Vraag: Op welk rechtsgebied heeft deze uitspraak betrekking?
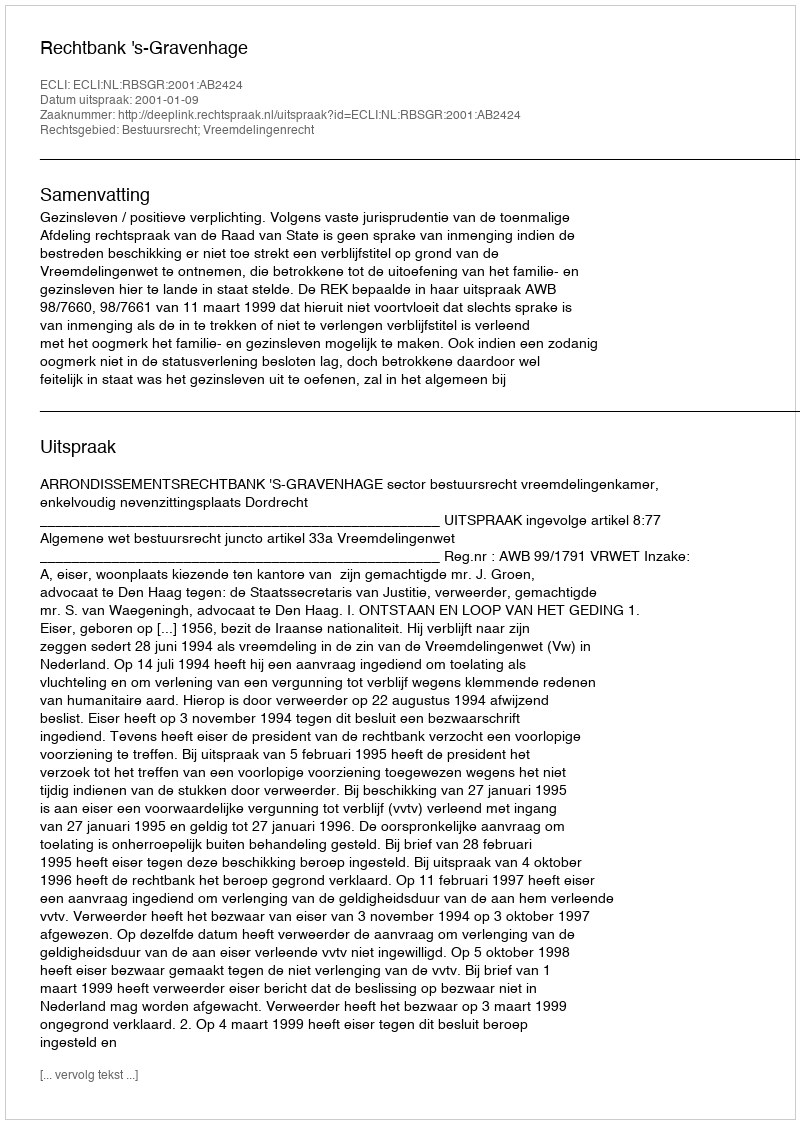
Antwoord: Bestuursrecht; Vreemdelingenrecht